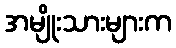
အမျိုးသားများက